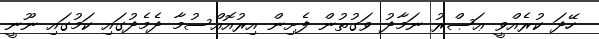
ހޭދަ ކުރެއްވީ ޢަޞްރު ނަމާދު ވަގުތުން ފެށިން އިރުއޮއްސުމާ ދެމެދުގައި ކަމުގައި ނޫނީ